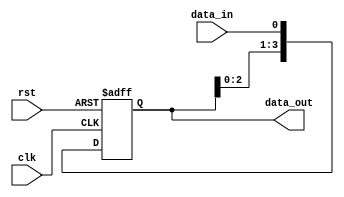
module shift_register(
    input wire clk,
    input wire rst,
    input wire data_in,
    output wire [3:0] data_out
);

reg [3:0] reg_data;

always @(posedge clk or posedge rst) begin
    if (rst) begin
        reg_data <= 4'b0000;
    end else begin
        reg_data <= {reg_data[2:0], data_in};
    end
end

assign data_out = reg_data;

endmodule